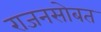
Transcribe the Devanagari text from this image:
राजनसोबत